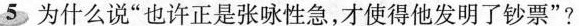
5为什么说”也许正是张咏性急，才使得他发明了钞票”?